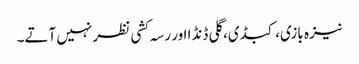
نیزہ بازی، کبڈی، گلی ڈنڈا اور رسہ کشی نظر نہیں آتے۔